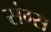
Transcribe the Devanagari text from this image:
संग्स